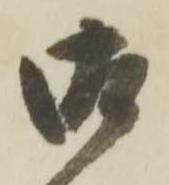
御